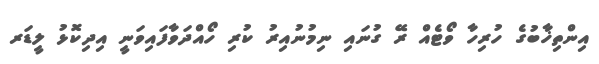
އިންތިޚާބުގެ ހުރިހާ ވޯޓެއް ރޭ ގުނައި ނިމުނުއިރު ކުރި ހޯއްދަވާފައިވަނީ އިދިކޮޅު ލީޑަރ